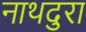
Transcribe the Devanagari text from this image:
नाथदुरा